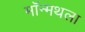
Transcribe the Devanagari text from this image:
मॉन्मथला